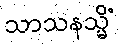
သာသနသ္မိံ